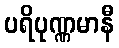
ပရိပုဏ္ဏမာနီ